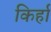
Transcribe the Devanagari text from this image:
किर्हा